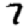
Digit: 7